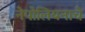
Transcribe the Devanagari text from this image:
नेपोलियनाचे